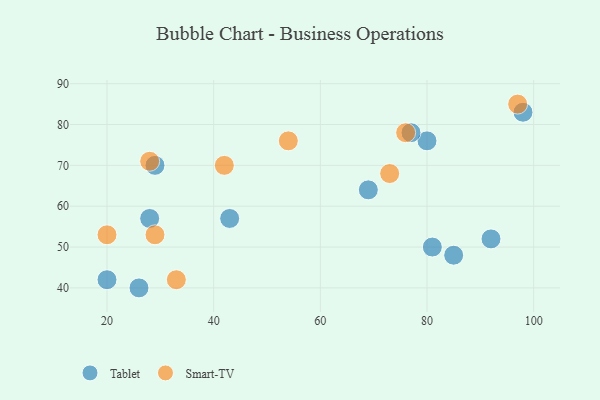
{"axis": {"x": "GDP", "y": "Life Expectancy"}, "legend": ["Smart-TV", "Tablet"], "data": [{"x": "29", "y": 70, "type": "Tablet"}, {"x": "43", "y": 57, "type": "Tablet"}, {"x": "20", "y": 42, "type": "Tablet"}, {"x": "26", "y": 40, "type": "Tablet"}, {"x": "69", "y": 64, "type": "Tablet"}, {"x": "80", "y": 76, "type": "Tablet"}, {"x": "77", "y": 78, "type": "Tablet"}, {"x": "98", "y": 83, "type": "Tablet"}, {"x": "92", "y": 52, "type": "Tablet"}, {"x": "28", "y": 57, "type": "Tablet"}, {"x": "85", "y": 48, "type": "Tablet"}, {"x": "81", "y": 50, "type": "Tablet"}, {"x": "28", "y": 71, "type": "Smart-TV"}, {"x": "33", "y": 42, "type": "Smart-TV"}, {"x": "97", "y": 85, "type": "Smart-TV"}, {"x": "73", "y": 68, "type": "Smart-TV"}, {"x": "29", "y": 53, "type": "Smart-TV"}, {"x": "54", "y": 76, "type": "Smart-TV"}, {"x": "76", "y": 78, "type": "Smart-TV"}, {"x": "42", "y": 70, "type": "Smart-TV"}, {"x": "20", "y": 53, "type": "Smart-TV"}]}